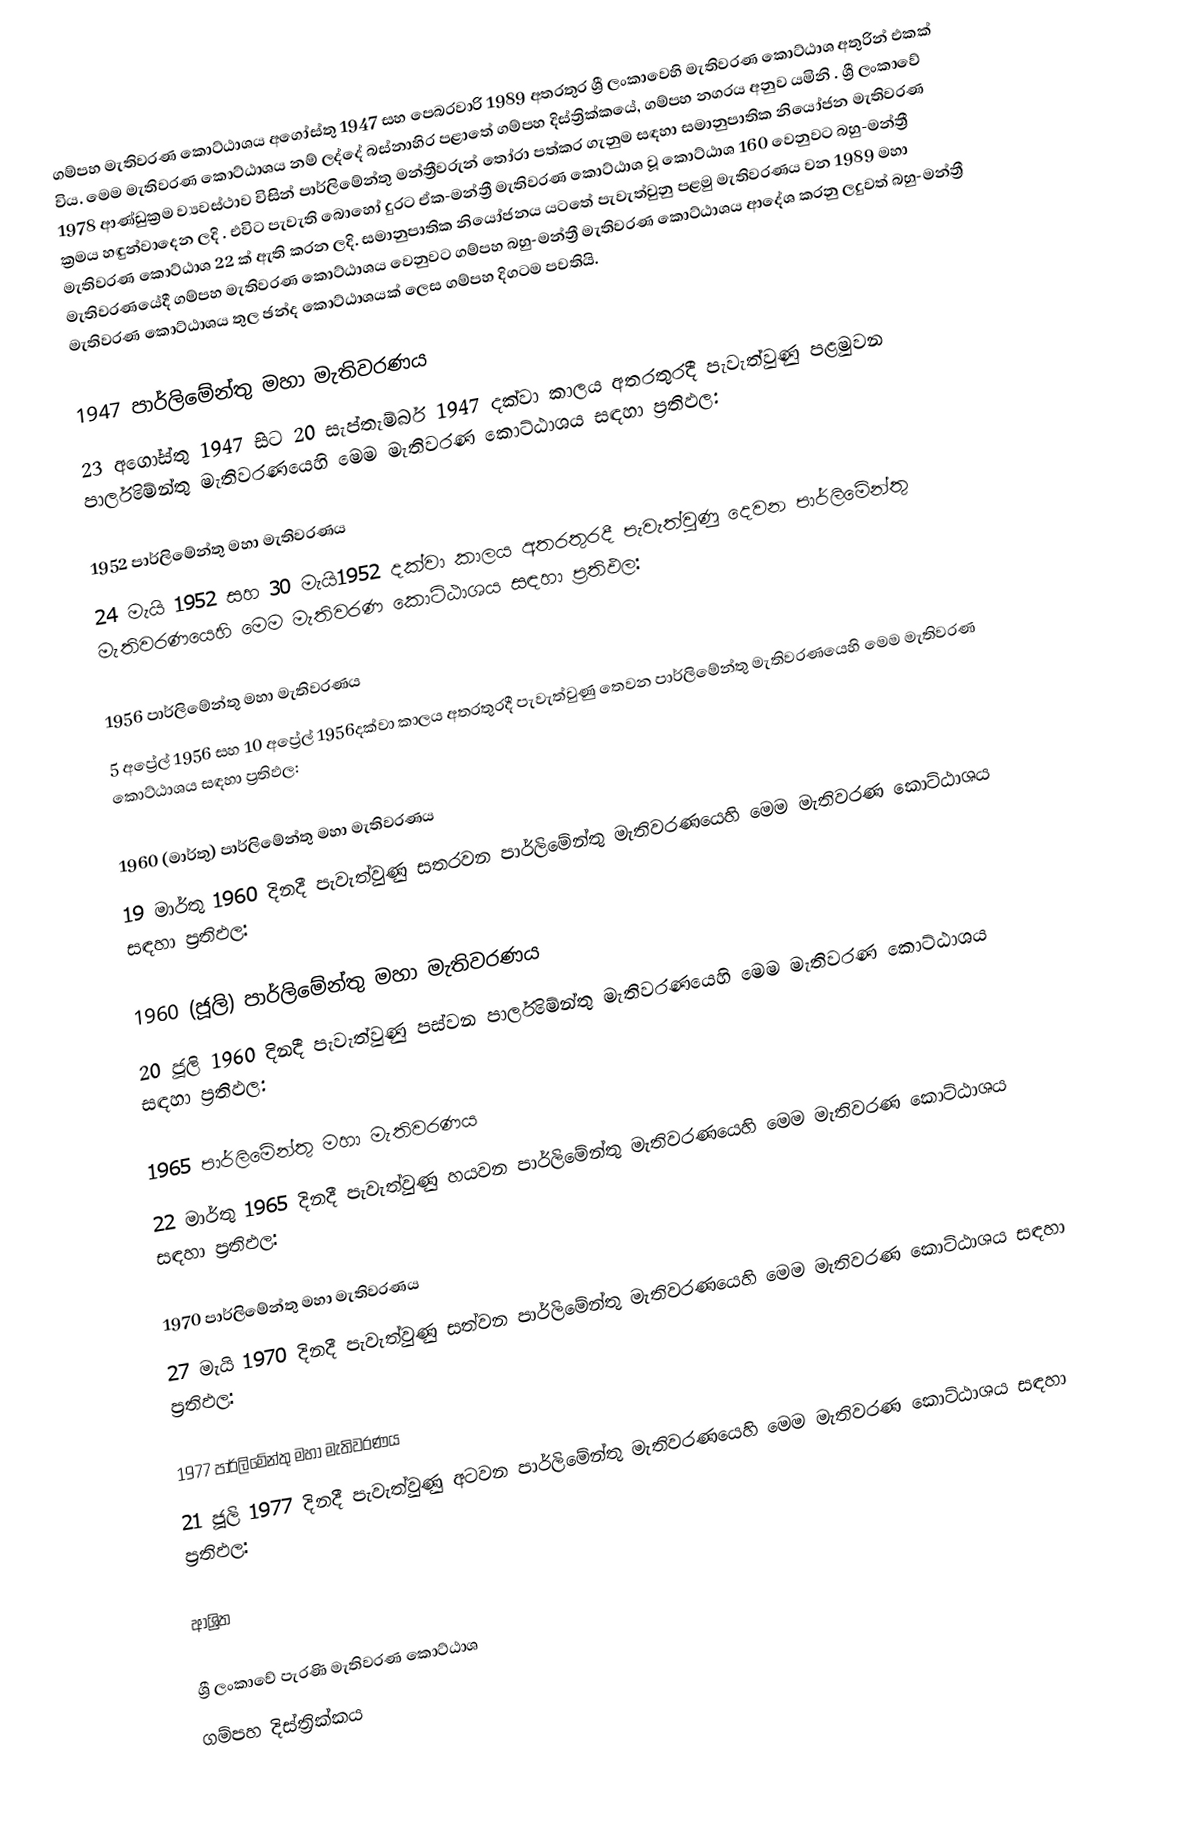
ගම්පහ මැතිවරණ කොට්ඨාශය  අගෝස්තු 1947 සහ පෙබරවාරි 1989 අතරතුර  ශ්‍රී ලංකාවෙහි  මැතිවරණ කොට්ඨාශ අතුරින් එකක් විය. මෙම මැතිවරණ කොට්ඨාශය නම් ලද්දේ  බස්නාහිර පළාතේ  ගම්පහ දිස්ත්‍රික්කයේ,  ගම්පහ නගරය අනුව යමිනි . ශ්‍රී ලංකාවේ 1978 ආණ්ඩුක්‍රම ව්‍යවස්ථාව විසින්   පාර්ලිමේන්තු මන්ත්‍රීවරුන් තෝරා පත්කර ගැනුම සඳහා සමානුපාතික නියෝජන මැතිවරණ ක්‍රමය හඳුන්වාදෙන ලදි . එවිට පැවැති බොහෝ දුරට  ඒක-මන්ත්‍රී මැතිවරණ කොට්ඨාශ වූ කොට්ඨාශ 160 වෙනුවට බහු-මන්ත්‍රී මැතිවරණ කොට්ඨාශ 22 ක් ඇති කරන ලදි. සමානුපාතික නියෝජනය යටතේ පැවැත්වුනු පළමු මැතිවරණය වන 1989 මහා මැතිවරණයේදී  ගම්පහ මැතිවරණ කොට්ඨාශය වෙනුවට  ගම්පහ බහු-මන්ත්‍රී මැතිවරණ කොට්ඨාශය  ආදේශ කරනු ලදුවත් බහු-මන්ත්‍රී මැතිවරණ කොට්ඨාශය තුල ඡන්ද කොට්ඨාශයක් ලෙස ගම්පහ දිගටම පවතියි.

1947 පාර්ලිමේන්තු මහා මැතිවරණය
23 අගෝස්තු 1947 සිට 20 සැප්තැම්බර් 1947 දක්වා කාලය අතරතුරදී පැවැත්වුණු පළමුවන පාර්ලිමේන්තු මැතිවරණයෙහි මෙම මැතිවරණ කොට්ඨාශය සඳහා ප්‍රතිඵල:

1952 පාර්ලිමේන්තු මහා මැතිවරණය
24 මැයි 1952 සහ 30 මැයි1952 දක්වා කාලය අතරතුරදී පැවැත්වුණු දෙවන පාර්ලිමේන්තු මැතිවරණයෙහි මෙම මැතිවරණ කොට්ඨාශය සඳහා ප්‍රතිඵල:

1956 පාර්ලිමේන්තු මහා මැතිවරණය
5 අප්‍රේල් 1956 සහ 10 අප්‍රේල් 1956දක්වා කාලය අතරතුරදී පැවැත්වුණු තෙවන පාර්ලිමේන්තු මැතිවරණයෙහි මෙම මැතිවරණ කොට්ඨාශය සඳහා ප්‍රතිඵල:

1960 (මාර්තු) පාර්ලිමේන්තු මහා මැතිවරණය
19 මාර්තු 1960 දිනදී පැවැත්වුණු සතරවන පාර්ලිමේන්තු මැතිවරණයෙහි මෙම මැතිවරණ කොට්ඨාශය සඳහා ප්‍රතිඵල:

1960 (ජූලි) පාර්ලිමේන්තු මහා මැතිවරණය
20 ජූලි 1960 දිනදී පැවැත්වුණු පස්වන පාර්ලිමේන්තු මැතිවරණයෙහි මෙම මැතිවරණ කොට්ඨාශය සඳහා ප්‍රතිඵල:

1965 පාර්ලිමේන්තු මහා මැතිවරණය
22 මාර්තු 1965  දිනදී පැවැත්වුණු හයවන පාර්ලිමේන්තු මැතිවරණයෙහි මෙම මැතිවරණ කොට්ඨාශය සඳහා ප්‍රතිඵල:

1970 පාර්ලිමේන්තු මහා මැතිවරණය
27 මැයි 1970 දිනදී පැවැත්වුණු සත්වන පාර්ලිමේන්තු මැතිවරණයෙහි මෙම මැතිවරණ කොට්ඨාශය සඳහා ප්‍රතිඵල:

1977 පාර්ලිමේන්තු මහා මැතිවරණය
21 ජූලි 1977 දිනදී පැවැත්වුණු අටවන පාර්ලිමේන්තු මැතිවරණයෙහි මෙම මැතිවරණ කොට්ඨාශය සඳහා ප්‍රතිඵල:

ආශ්‍රිත

ශ්‍රී ලංකාවේ පැරණි මැතිවරණ කොට්ඨාශ
 ගම්පහ දිස්ත්‍රික්කය